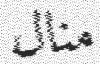
منال